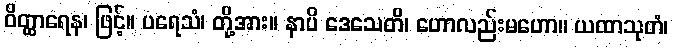
ဝိတ္ထာရေန၊ ဖြင့်။ ပရေသံ၊ တို့အား။ နာပိ ဒေသေတိ၊ ဟောလည်းမဟော။ ယထာသုတံ၊